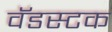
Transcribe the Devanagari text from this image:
वॅडस्टक